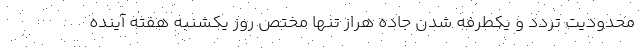
محدودیت تردد و یکطرفه شدن جاده هراز تنها مختص روز یکشنبه هفته آینده